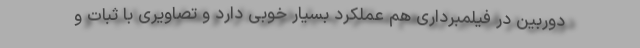
دوربین در فیلمبرداری هم عملکرد بسیار خوبی دارد و تصاویری با ثبات و